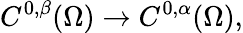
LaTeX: C^{0,\beta}(\Omega)\to C^{0,\alpha}(\Omega),